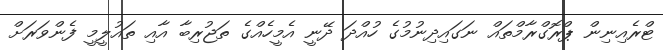
ޓްރެއިނިން ޕްރޮގްރާމްތައް ނަގައިދިނުމުގެ ހުއްދަ ދޭނީ އެމީހެއްގެ ތަޖުރިބާ އާއި ތައުލީމީ ފެންވަރަށް